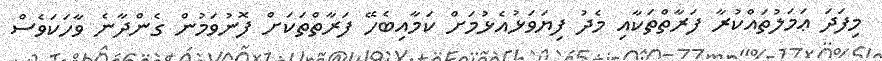
މިފަދަ ޢަމަލުތައްކުރާ ފަރާތްތަކާއި މެދު ފިޔަވަޅުއެޅުމަށް ކަމާއިބެހޭ ފަރާތްތަކަށް ފޮނުވަމުން ގެންދާނެ ވާހަކަވެސް